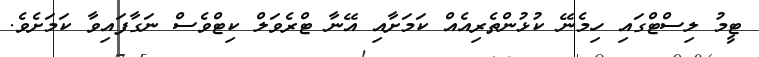
ޓީމު ލިސްޓްގައި ހިމެނޭ ކުޅުންތެރިއެއް ކަމަށާއި އޭނާ ޓްރެވަލް ކިޓްވެސް ނަގާފައިވާ ކަމަށެވެ.